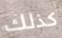
كذلك